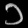
Digit: ၁